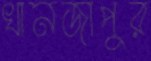
খানজাপুর